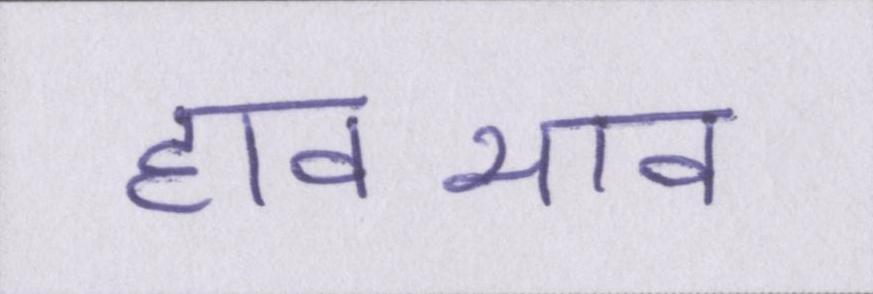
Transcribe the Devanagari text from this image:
हावभाव